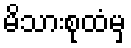
မိသားစုထံမှ